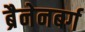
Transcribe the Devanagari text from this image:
ब्रैनेनबर्ग